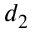
d _ { 2 }